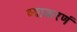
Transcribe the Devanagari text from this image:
व्याकरणं